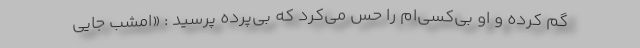
گم کرده و او بی‌کسی‌ام را حس می‌کرد که بی‌پرده پرسید : «امشب جایی